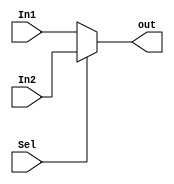
module MUX(
	input [31:0] In1, In2,
	input Sel,
	output reg [31:0] out

);

always @ (*)
begin
	out = Sel? In2:In1;
end


endmodule